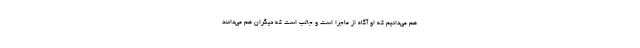
هم می‌دانیم که او آگاه از ماجرا است و جالب است که دیگران هم می‌دانند